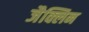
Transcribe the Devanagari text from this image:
जैक्लिन